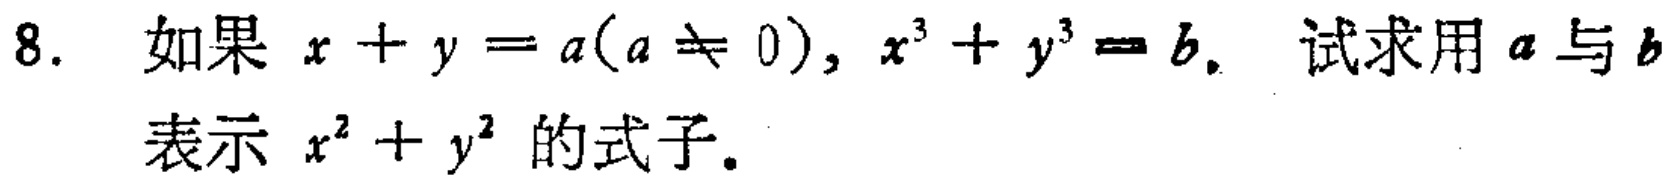
8. 如果 \(x + y = a(a\neq 0)\), \(x^{3}+y^{3}=b\). 试求用 \(a\) 与 \(b\) 表示 \(x^{2}+y^{2}\) 的式子。